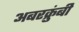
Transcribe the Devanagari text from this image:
अबरक्रुंबी